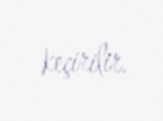
keçirilir.